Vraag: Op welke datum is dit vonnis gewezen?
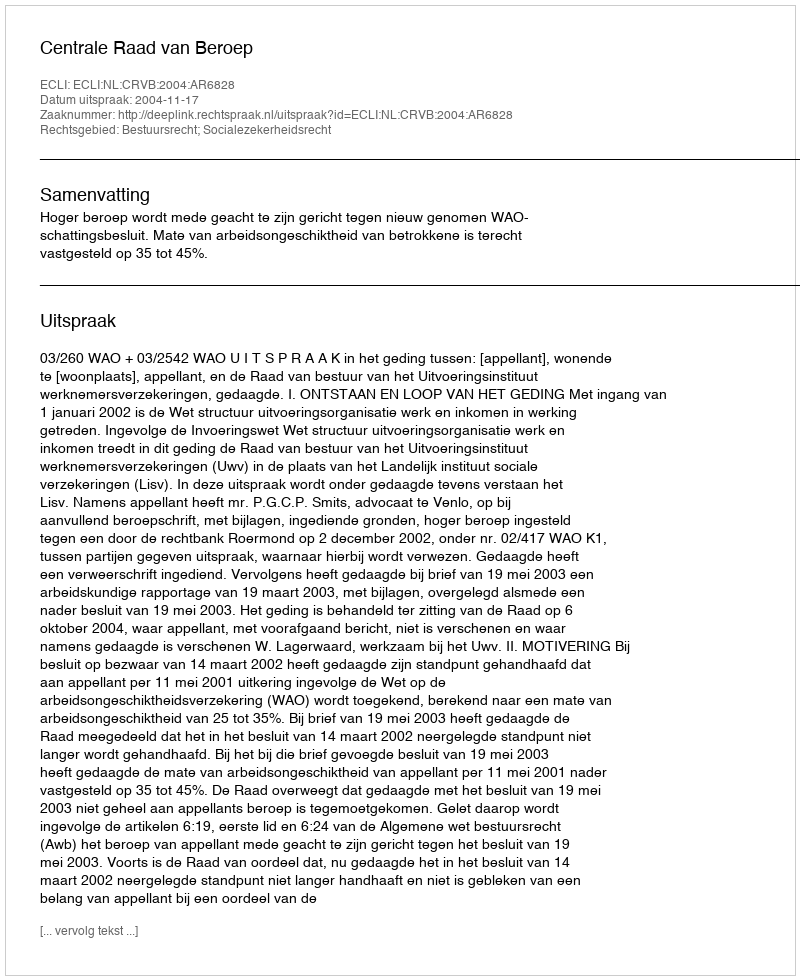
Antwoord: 2004-11-17